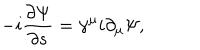
- i \frac { \partial \Psi } { \partial s } = \gamma ^ { \mu } i \partial _ { \mu } \Psi ,